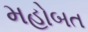
મહોબત